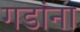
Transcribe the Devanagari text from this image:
गडांना